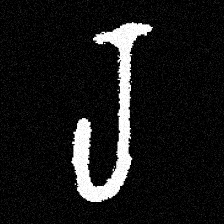
Pyu character \u2014 Myanmar letter: ရ (romanized: ra)